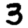
Digit: 3